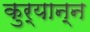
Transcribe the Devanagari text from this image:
कुर्यान्न